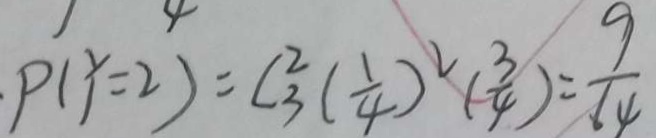
P ( Y = 2 ) = C _ { 3 } ^ { 2 } ( \frac { 1 } { 4 } ) ^ { 2 } ( \frac { 3 } { 4 } ) = \frac { 9 } { 6 4 }